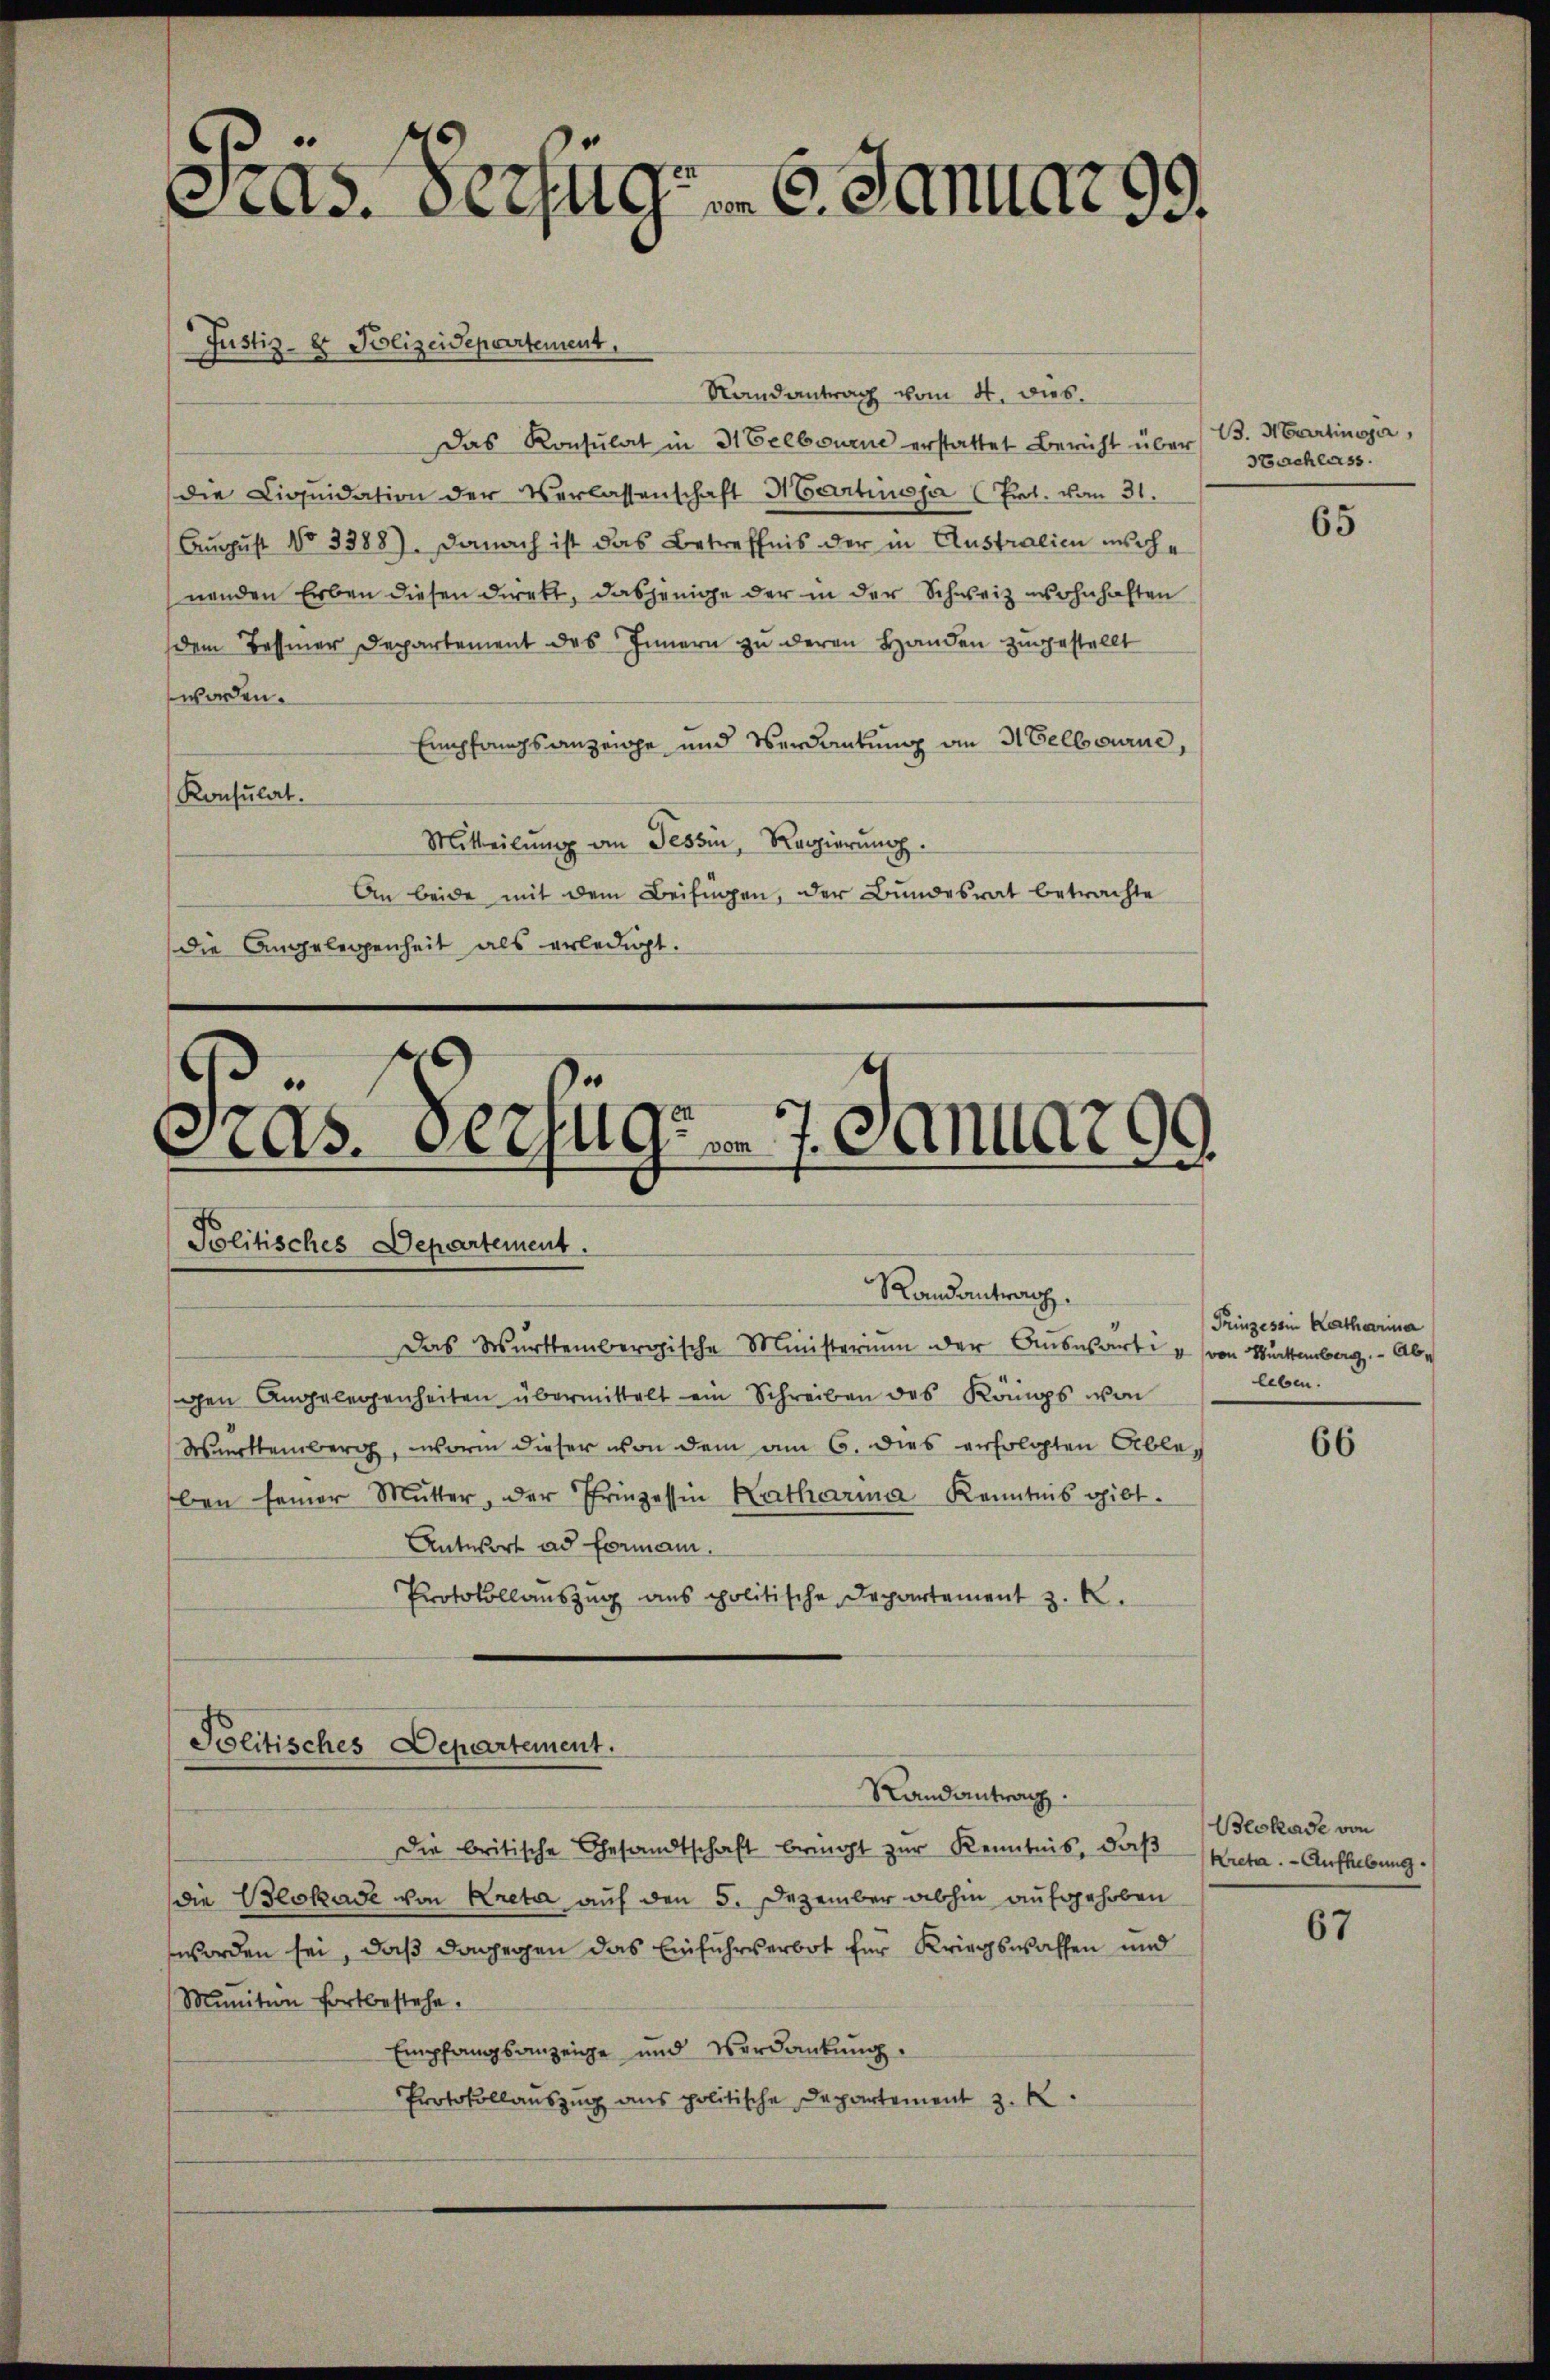
ctas. Verzugs 6. Januar 99.

Justiz- & Polizeidepartement.

Randantrag vom 4. dies
Das Konsulat in 3 Felbourne erstattet Bericht über B. Martinoja,
die Liqŭidation der Verlassenschaft Martinja (Pat. vom 31.
August No 3388). Danach ist das Betreffnis der in Australien mische
nenden Erben diesen direkt, dasjenige der in der Schweiz wohnhaften
dem Bessener Departement des Innern zu deren Handen zugestellt
worden.
Empfangsanzeige und Verdankung an Melbourne,
Konsulat.
Mitteilŭng an Tessin, Regierŭng.
An beide mit dem Beifügen, der Bundesrat betrachte
Die Angelegenheit als erledigt.

c
.
Politisches Departement.
Randantrach.
Das Württembergische Ministerium der Auswärti u. von Rückenberg. Aber

as. Verzugs 7. Januar 99.

gen Angelegenheiten übermittelt ein Schreiben des Königs von
Württemberg, worin dieser von dem am 6. dies erfolgten Ableben seiner Mŭtter, der Prinzessin Katharina Kenntnis gibt.
Antwort ad formann.
Protokollauszug aus politische Departement z. K.

Politisches Departement.

Randantwor

Sachlass.

Die britische Gesandtschaft bericht zur Kenntnis, daβ
die Beokase von Kreta auf den 5. Dezember abhin aufgehoben
worden sei, daß dagegen das Einfuhrverbot für Kriegswaffen und
Munition fortbestehe.
Empfangsanzeige und Verdankŭng.
Protokollauszug aus politische Departement z. K

65

Prinzessin Katharina
leben.

66

Blokase von
Kretar. - Aufhebung.

67